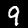
Digit: 9